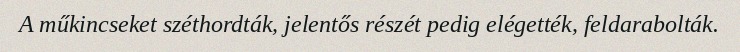
A műkincseket széthordták, jelentős részét pedig elégették, feldarabolták.